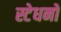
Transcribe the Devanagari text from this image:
स्टेधनों